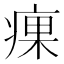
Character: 㾧